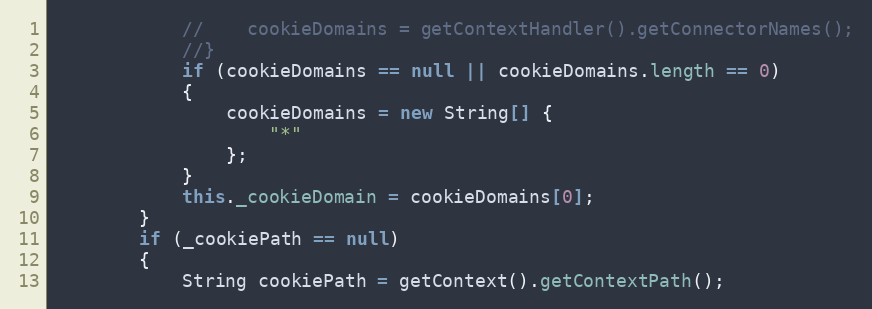
Language: Java
            //    cookieDomains = getContextHandler().getConnectorNames();
            //}
            if (cookieDomains == null || cookieDomains.length == 0)
            {
                cookieDomains = new String[] {
                    "*"
                };
            }
            this._cookieDomain = cookieDomains[0];
        }
        if (_cookiePath == null)
        {
            String cookiePath = getContext().getContextPath();